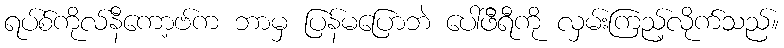
ရပ်စ်ကိုလ်နီကော့ဗ်က ဘာမှ ပြန်မပြောဘဲ ပေါ်ဖီရီကို လှမ်းကြည့်လိုက်သည်။